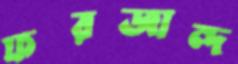
ফরজান্দ